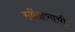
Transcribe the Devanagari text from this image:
सर्वेक्षणाची